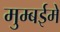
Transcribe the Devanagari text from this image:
मुम्बईमे